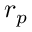
\boldsymbol { r } _ { p }